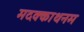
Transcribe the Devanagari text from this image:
मदक्काथनम